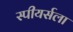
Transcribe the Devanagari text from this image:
स्पीयर्सला